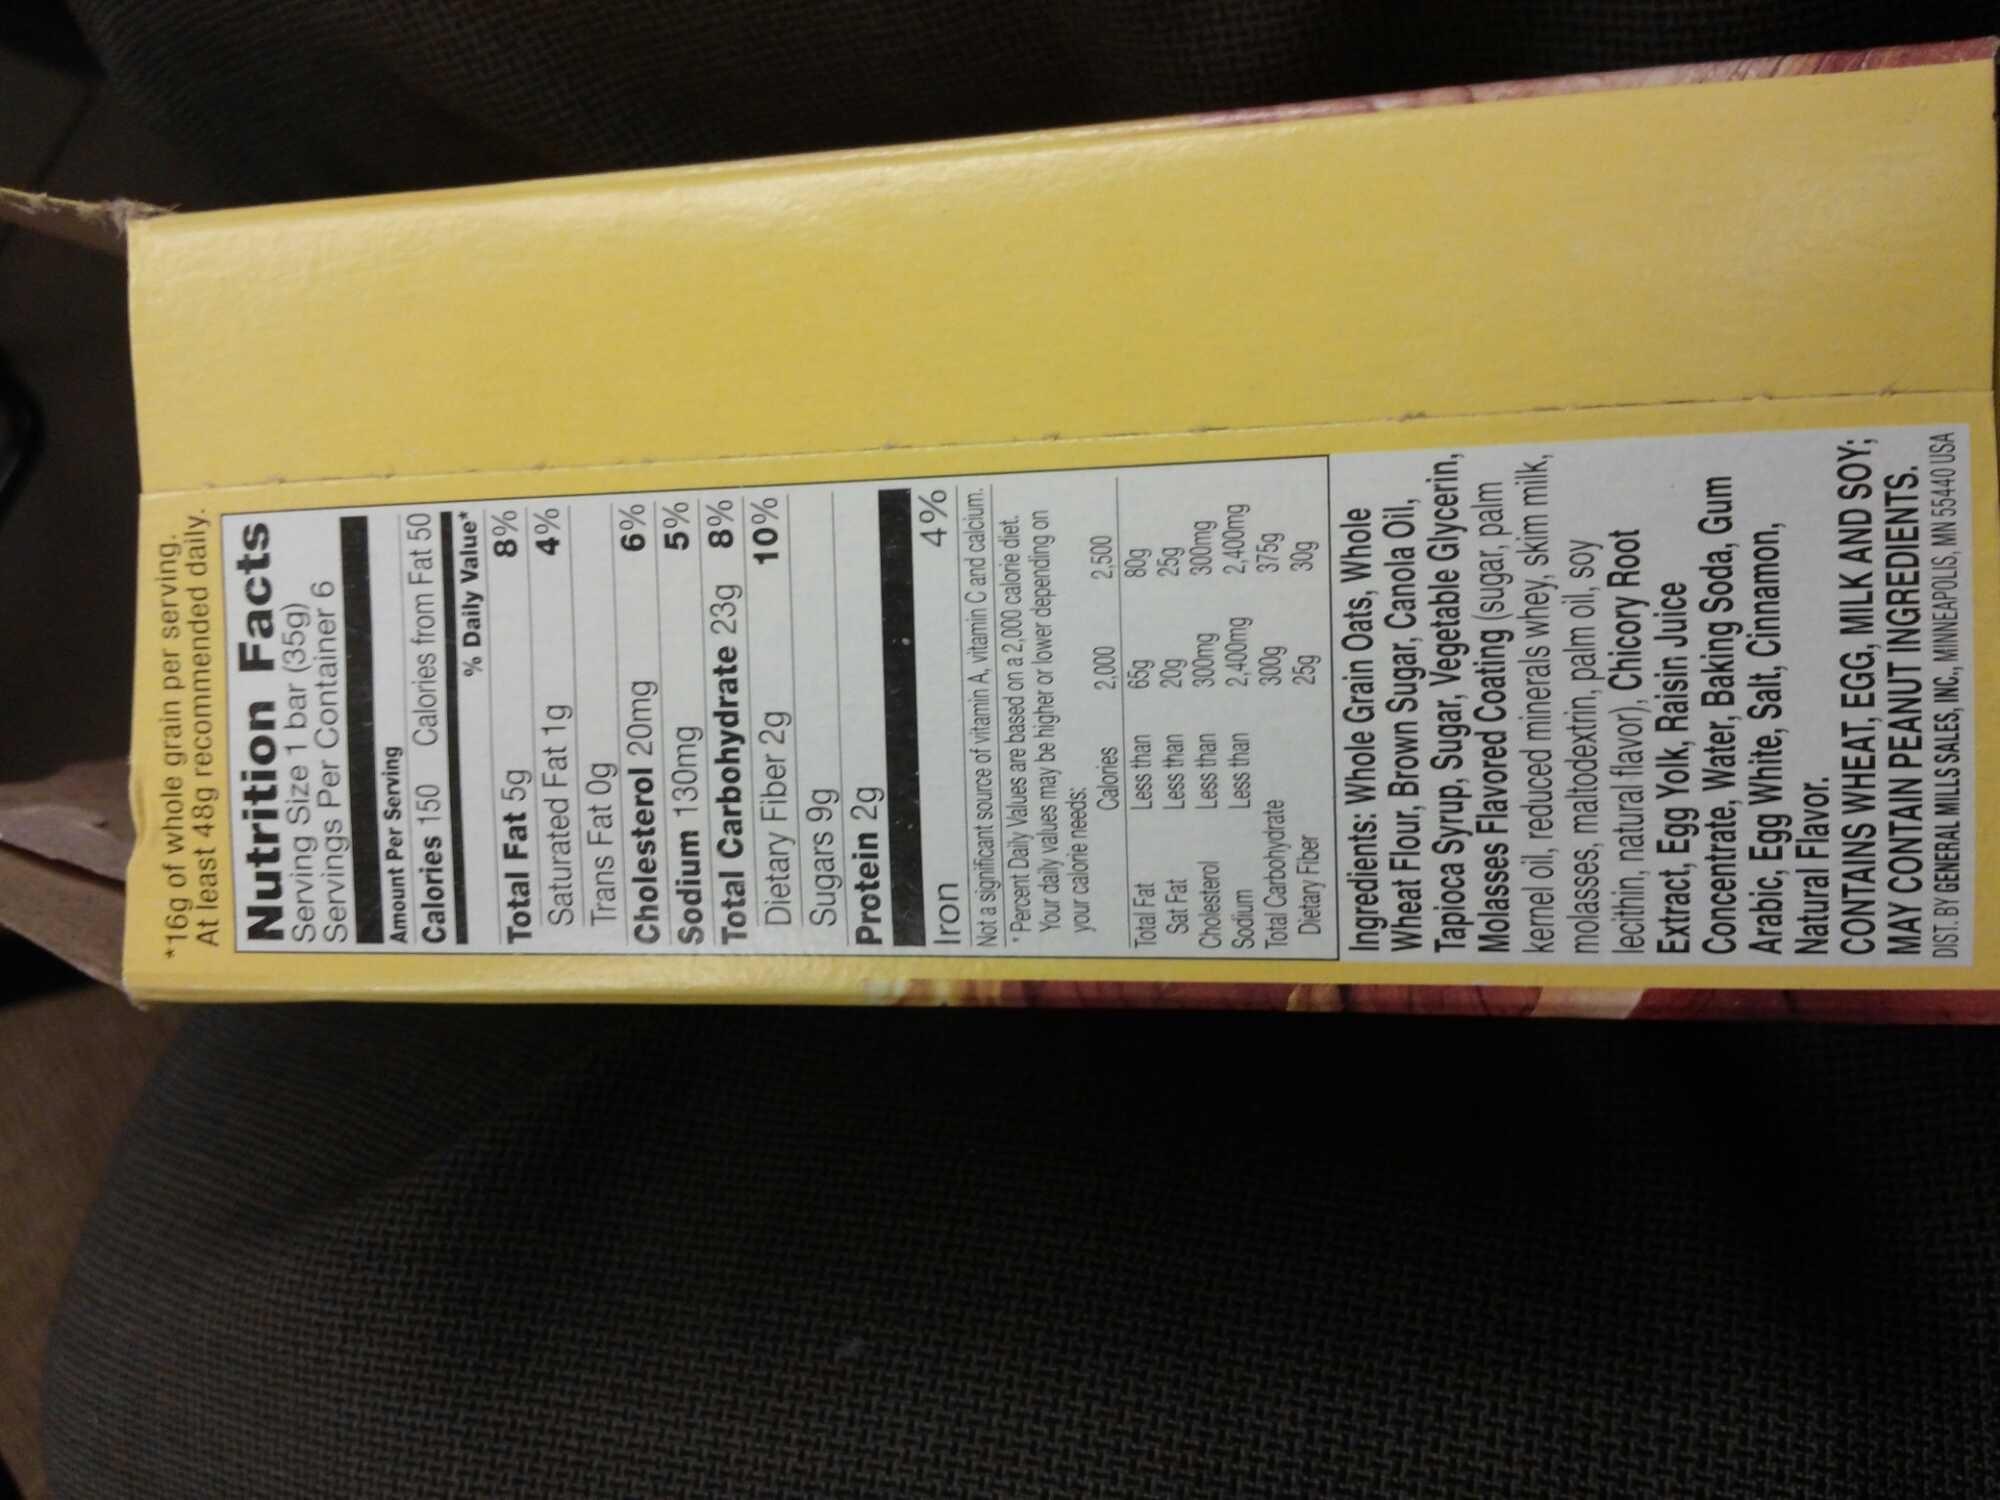
*16g of whole grain per serving. At least 48g recommended daily.
Nutrition Facts
Serving Size 1 bar (35g) Servings Per Container 6
Amount Per Serving
Calories 150 Calories from Fat 50
Total Fat 5g
Saturated Fat 1g
Trans Fat Og
Cholesterol 20mg
6%
Sodium 130mg
5%
Total Carbohydrate 23g 8%
10%
Dietary Fiber 2g
Sugars 9g
Protein 2g
Iron
4%
Not a significant source of vitamin A, vitamin C and calcium. *Percent Daily Values are based on a 2,000 calorie diet. Your daily values may be higher or lower depending on your calorie needs:
Calories
Less than
Less than
% Daily Value*
8%
4%
Total Fat
Sat Fat
Cholesterol
Sodium
Total Carbohydrate Dietary Fiber
Less than
Less than
2,000
65g
20g
300mg
2,400mg
300g
25g
2,500
80g
25g
300mg
2,400mg
375g
30g
Ingredients: Whole Grain Oats, Whole Wheat Flour, Brown Sugar, Canola Oil, Tapioca Syrup, Sugar, Vegetable Glycerin, Molasses Flavored Coating (sugar, palm kernel oil, reduced minerals whey, skim milk, molasses, maltodextrin, palm oil, soy lecithin, natural flavor), Chicory Root Extract, Egg Yolk, Raisin Juice Concentrate, Water, Baking Soda, Gum Arabic, Egg White, Salt, Cinnamon, Natural Flavor.
CONTAINS WHEAT, EGG, MILK AND SOY; MAY CONTAIN PEANUT INGREDIENTS. DIST. BY GENERAL MILLS SALES, INC., MINNEAPOLIS, MN 55440 USA